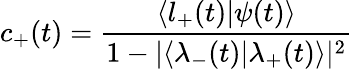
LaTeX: c_{+}(t)=\frac{\langle l_{+}(t)|\psi(t)\rangle}{1-|\langle\lambda_{-}(t)|\lambda_{+}(t)\rangle|^{2}}